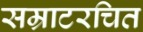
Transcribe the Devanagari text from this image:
सम्राटरचित